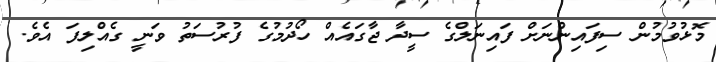
މޮޅުވުމުން ސިފައިންނަށް ފައިނަލްގެ ސީދާ ޖާގައެއް ހޯދުމުގެ ފުރުސަތު ވަނީ ގެއްލިފަ އެވެ.